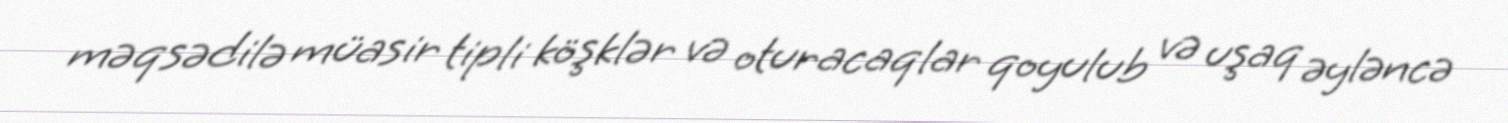
məqsədilə müasir tipli köşklər və oturacaqlar qoyulub və uşaq əyləncə